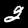
Digit: 2